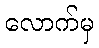
လောက်မှ